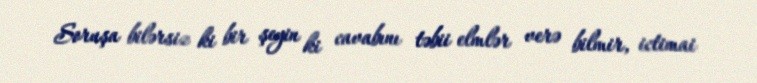
Soruşa bilərsiz ki bir şeyin ki cavabını təbii elmlər verə bilmir, ictimai